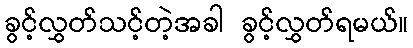
ခွင့်လွှတ်သင့်တဲ့အခါ ခွင့်လွှတ်ရမယ်။